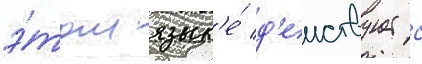
э́том язык'е́ д'еиствует с